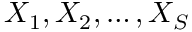
X _ { 1 } , X _ { 2 } , \ldots , X _ { S }